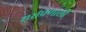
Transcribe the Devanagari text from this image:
शसंप्रणाली